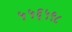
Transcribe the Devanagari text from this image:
५५६५९८